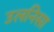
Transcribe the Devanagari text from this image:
उलनिसा